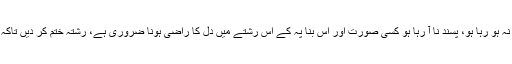
اگر کسی سے شادی کا وعدہ یا منگنی کی ہو پر دل راضی نہ ہو رہا ہو، پسند نا آ رہا ہو کسی صورت اور اس بنا پہ کے اس رشتے میں دل کا راضی ہونا ضروری ہے، رشتہ ختم کر دیں تاکہ آگے مستقبل میں گناہ کا اندیشہ نہ ہو تو صحیح فیصلہ ہے؟